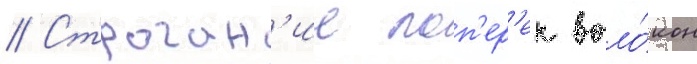
// Строган'ие поп'ер'ек воло́кон